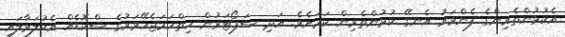
އެކުޅުންތެރިންގެ ފެންވަރު އެނގޭ ކުޅުންތެރިން ކަމަށެވެ. އަދި ސަޕޯޓަރުން ހިތްހަމަޖެހޭވަރުގެ ސްކޮޑެއް އެކުލަވާލައި